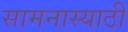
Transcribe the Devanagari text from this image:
सामनास्याठी